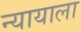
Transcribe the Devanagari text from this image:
न्यायाला